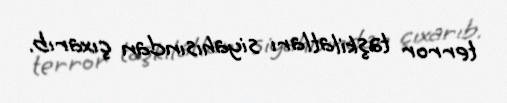
terror təşkilatları siyahısından çıxarıb.